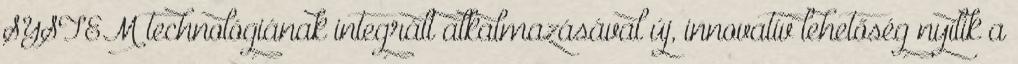
SYSTEM technológiának integrált alkalmazásával új, innovatív lehetőség nyílik a